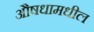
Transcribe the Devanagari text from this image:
औषधामधील